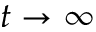
t \rightarrow \infty